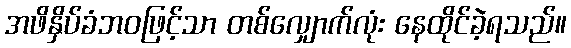
အဖိနှိပ်ခံဘဝဖြင့်သာ တစ်လျှောက်လုံး နေထိုင်ခဲ့ရသည်။